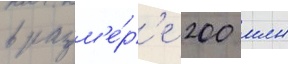
в разм'е́р'е 200 млн